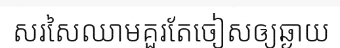
សរសៃឈាមគួរតែចៀសឲ្យឆ្ងាយ